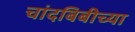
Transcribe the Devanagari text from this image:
चांदबिबीच्या